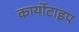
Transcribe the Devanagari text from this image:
कार्योटाइप